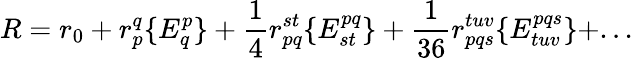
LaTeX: R=r_{0}+r_{p}^{q}\{ E_{q}^{p}\} +\frac{1}{4}r_{pq}^{st}\{ E_{st}^{pq}\} +\frac{1}{36}r_{pqs}^{tuv}\{ E_{tuv}^{pqs}\} +...